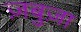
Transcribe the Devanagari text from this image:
ज़बुज़ा